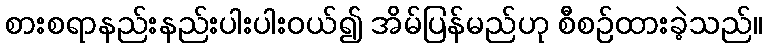
စားစရာနည်းနည်းပါးပါးဝယ်၍ အိမ်ပြန်မည်ဟု စီစဉ်ထားခဲ့သည်။